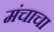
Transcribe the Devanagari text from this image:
मंचाचा